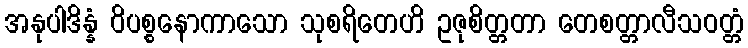
အနုပါဒိန္နံ ဝိပစ္စနောကာသော သုစရိတေဟိ ဥဇုစိတ္တတာ တေစတ္တာလီသဝတ္တံ